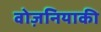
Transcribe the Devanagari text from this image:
वोज़नियाकी